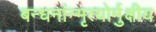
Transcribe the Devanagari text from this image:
बन्धनांन्मृत्योर्मुक्षीय